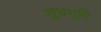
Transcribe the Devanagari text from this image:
शुभ्रभूमि